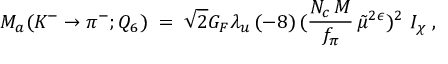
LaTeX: { \cal { M } } _ { a } ( K ^ { - } \rightarrow \pi ^ { - } ; Q _ { 6 } ) \; = \; \sqrt { 2 } G _ { F } \lambda _ { u } \, ( - 8 ) \, ( \frac { N _ { c } \, M } { f _ { \pi } } \, \tilde { \mu } ^ { 2 \epsilon } ) ^ { 2 } \, \, I _ { \chi } \; ,